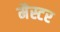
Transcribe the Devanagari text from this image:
मैस्टर